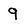
Character: 9